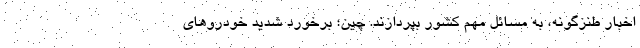
اخبار طنزگونه، به مسائل مهم کشور بپردازند. چین؛ برخورد شدید خودروهای